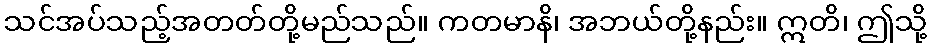
သင်အပ်သည့်အတတ်တို့မည်သည်။ ကတမာနိ၊ အဘယ်တို့နည်း။ ဣတိ၊ ဤသို့